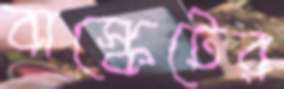
বাস্কেটের